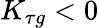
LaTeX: K_{\tau g}<0